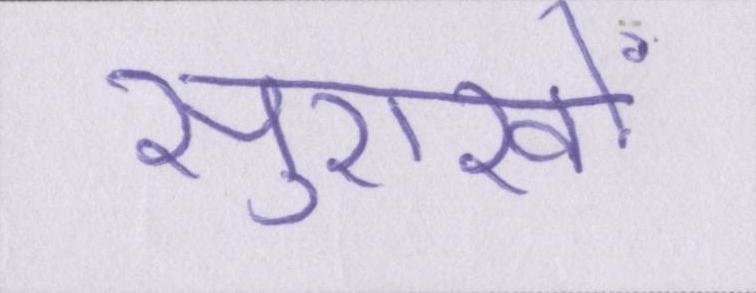
सुराखों